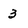
Character: 3